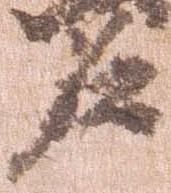
名